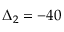
\Delta _ { 2 } = - 4 0